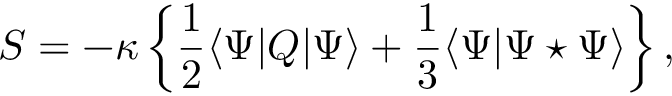
S = - \kappa \left\{ \frac 1 2 \langle \Psi | Q | \Psi \rangle + \frac 1 3 \langle \Psi | \Psi \star \Psi \rangle \right\} ,